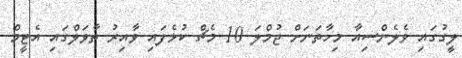
ލީގުގައި ވެލެންސިއާ މިހާތަނަށް ޖުމްލަ 10 މެޗް ކުޅެފައި ވާއިރު ތާވަލްގައި އެޓީމް